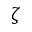
\zeta